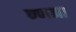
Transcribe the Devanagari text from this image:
ण्णना